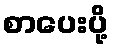
စာပေးပို့